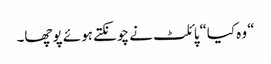
“وہ کیا“پائلٹ نے چونکتے ہوئے پوچھا۔